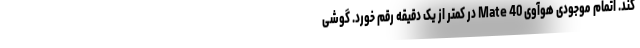
کند. اتمام موجودی هوآوی Mate 40 در کمتر از یک دقیقه رقم خورد. گوشی